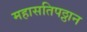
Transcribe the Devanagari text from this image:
महासतिपठ्ठान